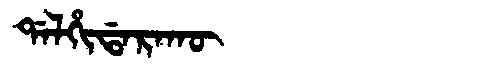
Manchu: ᡩᠠᠯᡥᡳᡩᠠᡵᠠᡴᡡ
Romanization: DALHIDARAKŪ